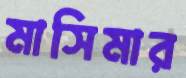
মাসিমার